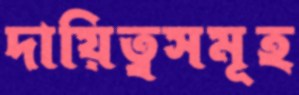
দায়িত্বসমূহ